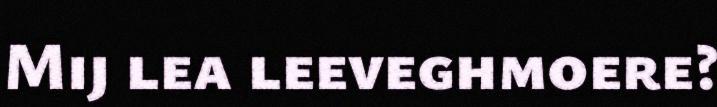
Mij lea leeveghmoere?